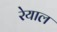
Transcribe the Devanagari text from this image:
रेयाल